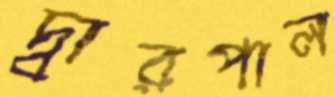
দ্বারপাল